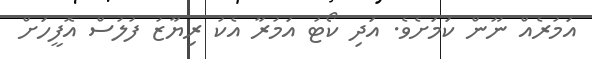
އަމުރެއް ނޫން ކަމަށެވެ. އަދި ކޯޓު އަމުރާ އެކު ރިޔާޒު ފުލުސް އޮފީހަށް